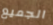
الجميع